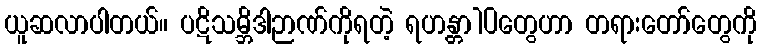
ယူဆလာပါတယ်။ ပဋိသမ္ဘိဒါဉာဏ်ကိုရတဲ့ ရဟန္တာ10တွေဟာ တရားတော်တွေကို